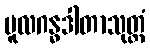
မူလဂန္ဓဒါတာသုတ္တံ